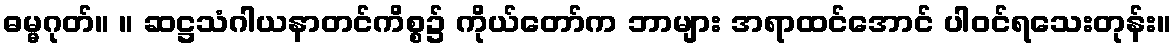
ဓမ္မဂုတ်။ ။ ဆဋ္ဌသံဂါယနာတင်ကိစ္စ၌ ကိုယ်တော်က ဘာများ အရာထင်အောင် ပါဝင်ရသေးတုန်း။